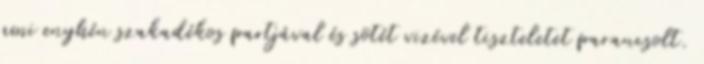
ami enyhén szakadékos partjával és sötét vizével tiszteletet parancsolt.